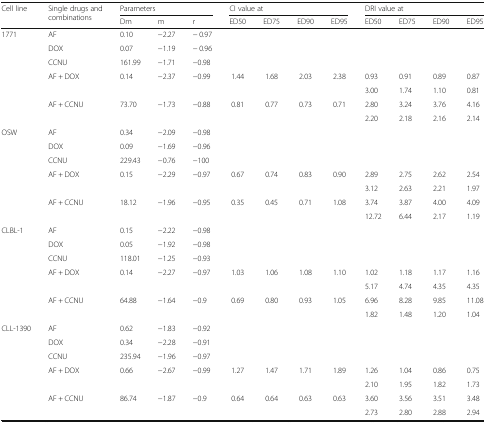
<table><thead><tr><td rowspan="2"><b>Cell line</b></td><td rowspan="2"><b>Single drugs and combinations</b></td><td colspan="3"><b>Parameters</b></td><td colspan="4"><b>CI value at</b></td><td colspan="4"><b>DRI value at</b></td></tr><tr><td><b>Dm</b></td><td><b>m</b></td><td><b>r</b></td><td><b>ED50</b></td><td><b>ED75</b></td><td><b>ED90</b></td><td><b>ED95</b></td><td><b>ED50</b></td><td><b>ED75</b></td><td><b>ED90</b></td><td><b>ED95</b></td></tr></thead><tbody><tr><td>1771</td><td>AF</td><td>0.10</td><td>−2.27</td><td>− 0.97</td><td></td><td></td><td></td><td></td><td></td><td></td><td></td><td></td></tr><tr><td></td><td>DOX</td><td>0.07</td><td>−1.19</td><td>− 0.96</td><td></td><td></td><td></td><td></td><td></td><td></td><td></td><td></td></tr><tr><td></td><td>CCNU</td><td>161.99</td><td>−1.71</td><td>−0.98</td><td></td><td></td><td></td><td></td><td></td><td></td><td></td><td></td></tr><tr><td rowspan="2"></td><td rowspan="2">AF + DOX</td><td rowspan="2">0.14</td><td rowspan="2">−2.37</td><td rowspan="2">−0.99</td><td rowspan="2">1.44</td><td rowspan="2">1.68</td><td rowspan="2">2.03</td><td rowspan="2">2.38</td><td>0.93</td><td>0.91</td><td>0.89</td><td>0.87</td></tr><tr><td>3.00</td><td>1.74</td><td>1.10</td><td>0.81</td></tr><tr><td rowspan="2"></td><td rowspan="2">AF + CCNU</td><td rowspan="2">73.70</td><td rowspan="2">−1.73</td><td rowspan="2">−0.88</td><td rowspan="2">0.81</td><td rowspan="2">0.77</td><td rowspan="2">0.73</td><td rowspan="2">0.71</td><td>2.80</td><td>3.24</td><td>3.76</td><td>4.16</td></tr><tr><td>2.20</td><td>2.18</td><td>2.16</td><td>2.14</td></tr><tr><td>OSW</td><td>AF</td><td>0.34</td><td>−2.09</td><td>−0.98</td><td></td><td></td><td></td><td></td><td></td><td></td><td></td><td></td></tr><tr><td></td><td>DOX</td><td>0.09</td><td>−1.69</td><td>−0.96</td><td></td><td></td><td></td><td></td><td></td><td></td><td></td><td></td></tr><tr><td></td><td>CCNU</td><td>229.43</td><td>−0.76</td><td>−100</td><td></td><td></td><td></td><td></td><td></td><td></td><td></td><td></td></tr><tr><td rowspan="2"></td><td rowspan="2">AF + DOX</td><td rowspan="2">0.15</td><td rowspan="2">−2.29</td><td rowspan="2">−0.97</td><td rowspan="2">0.67</td><td rowspan="2">0.74</td><td rowspan="2">0.83</td><td rowspan="2">0.90</td><td>2.89</td><td>2.75</td><td>2.62</td><td>2.54</td></tr><tr><td>3.12</td><td>2.63</td><td>2.21</td><td>1.97</td></tr><tr><td rowspan="2"></td><td rowspan="2">AF + CCNU</td><td rowspan="2">18.12</td><td rowspan="2">−1.96</td><td rowspan="2">−0.95</td><td rowspan="2">0.35</td><td rowspan="2">0.45</td><td rowspan="2">0.71</td><td rowspan="2">1.08</td><td>3.74</td><td>3.87</td><td>4.00</td><td>4.09</td></tr><tr><td>12.72</td><td>6.44</td><td>2.17</td><td>1.19</td></tr><tr><td>CLBL-1</td><td>AF</td><td>0.15</td><td>−2.22</td><td>−0.98</td><td></td><td></td><td></td><td></td><td></td><td></td><td></td><td></td></tr><tr><td></td><td>DOX</td><td>0.05</td><td>−1.92</td><td>−0.98</td><td></td><td></td><td></td><td></td><td></td><td></td><td></td><td></td></tr><tr><td></td><td>CCNU</td><td>118.01</td><td>−1.25</td><td>−0.93</td><td></td><td></td><td></td><td></td><td></td><td></td><td></td><td></td></tr><tr><td rowspan="2"></td><td rowspan="2">AF + DOX</td><td rowspan="2">0.14</td><td rowspan="2">−2.27</td><td rowspan="2">−0.97</td><td rowspan="2">1.03</td><td rowspan="2">1.06</td><td rowspan="2">1.08</td><td rowspan="2">1.10</td><td>1.02</td><td>1.18</td><td>1.17</td><td>1.16</td></tr><tr><td>5.17</td><td>4.74</td><td>4.35</td><td>4.35</td></tr><tr><td rowspan="2"></td><td rowspan="2">AF + CCNU</td><td rowspan="2">64.88</td><td rowspan="2">−1.64</td><td rowspan="2">−0.9</td><td rowspan="2">0.69</td><td rowspan="2">0.80</td><td rowspan="2">0.93</td><td rowspan="2">1.05</td><td>6.96</td><td>8.28</td><td>9.85</td><td>11.08</td></tr><tr><td>1.82</td><td>1.48</td><td>1.20</td><td>1.04</td></tr><tr><td>CLL-1390</td><td>AF</td><td>0.62</td><td>−1.83</td><td>−0.92</td><td></td><td></td><td></td><td></td><td></td><td></td><td></td><td></td></tr><tr><td></td><td>DOX</td><td>0.34</td><td>−2.28</td><td>−0.91</td><td></td><td></td><td></td><td></td><td></td><td></td><td></td><td></td></tr><tr><td></td><td>CCNU</td><td>235.94</td><td>−1.96</td><td>−0.97</td><td></td><td></td><td></td><td></td><td></td><td></td><td></td><td></td></tr><tr><td rowspan="2"></td><td rowspan="2">AF + DOX</td><td rowspan="2">0.66</td><td rowspan="2">−2.67</td><td rowspan="2">−0.99</td><td rowspan="2">1.27</td><td rowspan="2">1.47</td><td rowspan="2">1.71</td><td rowspan="2">1.89</td><td>1.26</td><td>1.04</td><td>0.86</td><td>0.75</td></tr><tr><td>2.10</td><td>1.95</td><td>1.82</td><td>1.73</td></tr><tr><td rowspan="2"></td><td rowspan="2">AF + CCNU</td><td rowspan="2">86.74</td><td rowspan="2">−1.87</td><td rowspan="2">−0.9</td><td rowspan="2">0.64</td><td rowspan="2">0.64</td><td rowspan="2">0.63</td><td rowspan="2">0.63</td><td>3.60</td><td>3.56</td><td>3.51</td><td>3.48</td></tr><tr><td>2.73</td><td>2.80</td><td>2.88</td><td>2.94</td></tr></tbody></table>